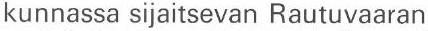
kunnassa sijaitsevan Rautuvaaran